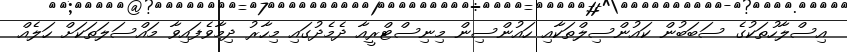
އިސްލާހުތަކުގެ ސަބަބުން ކައުންސިލްތަކާއި ހައުންސިން މިނިސްޓްރީއާ ދެމެދުގައި މިހާރު ދިމާވެފައިވާ މައްސަލަތަކަށް ހަލެއް